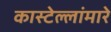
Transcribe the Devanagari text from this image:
कास्टेल्लांमारे